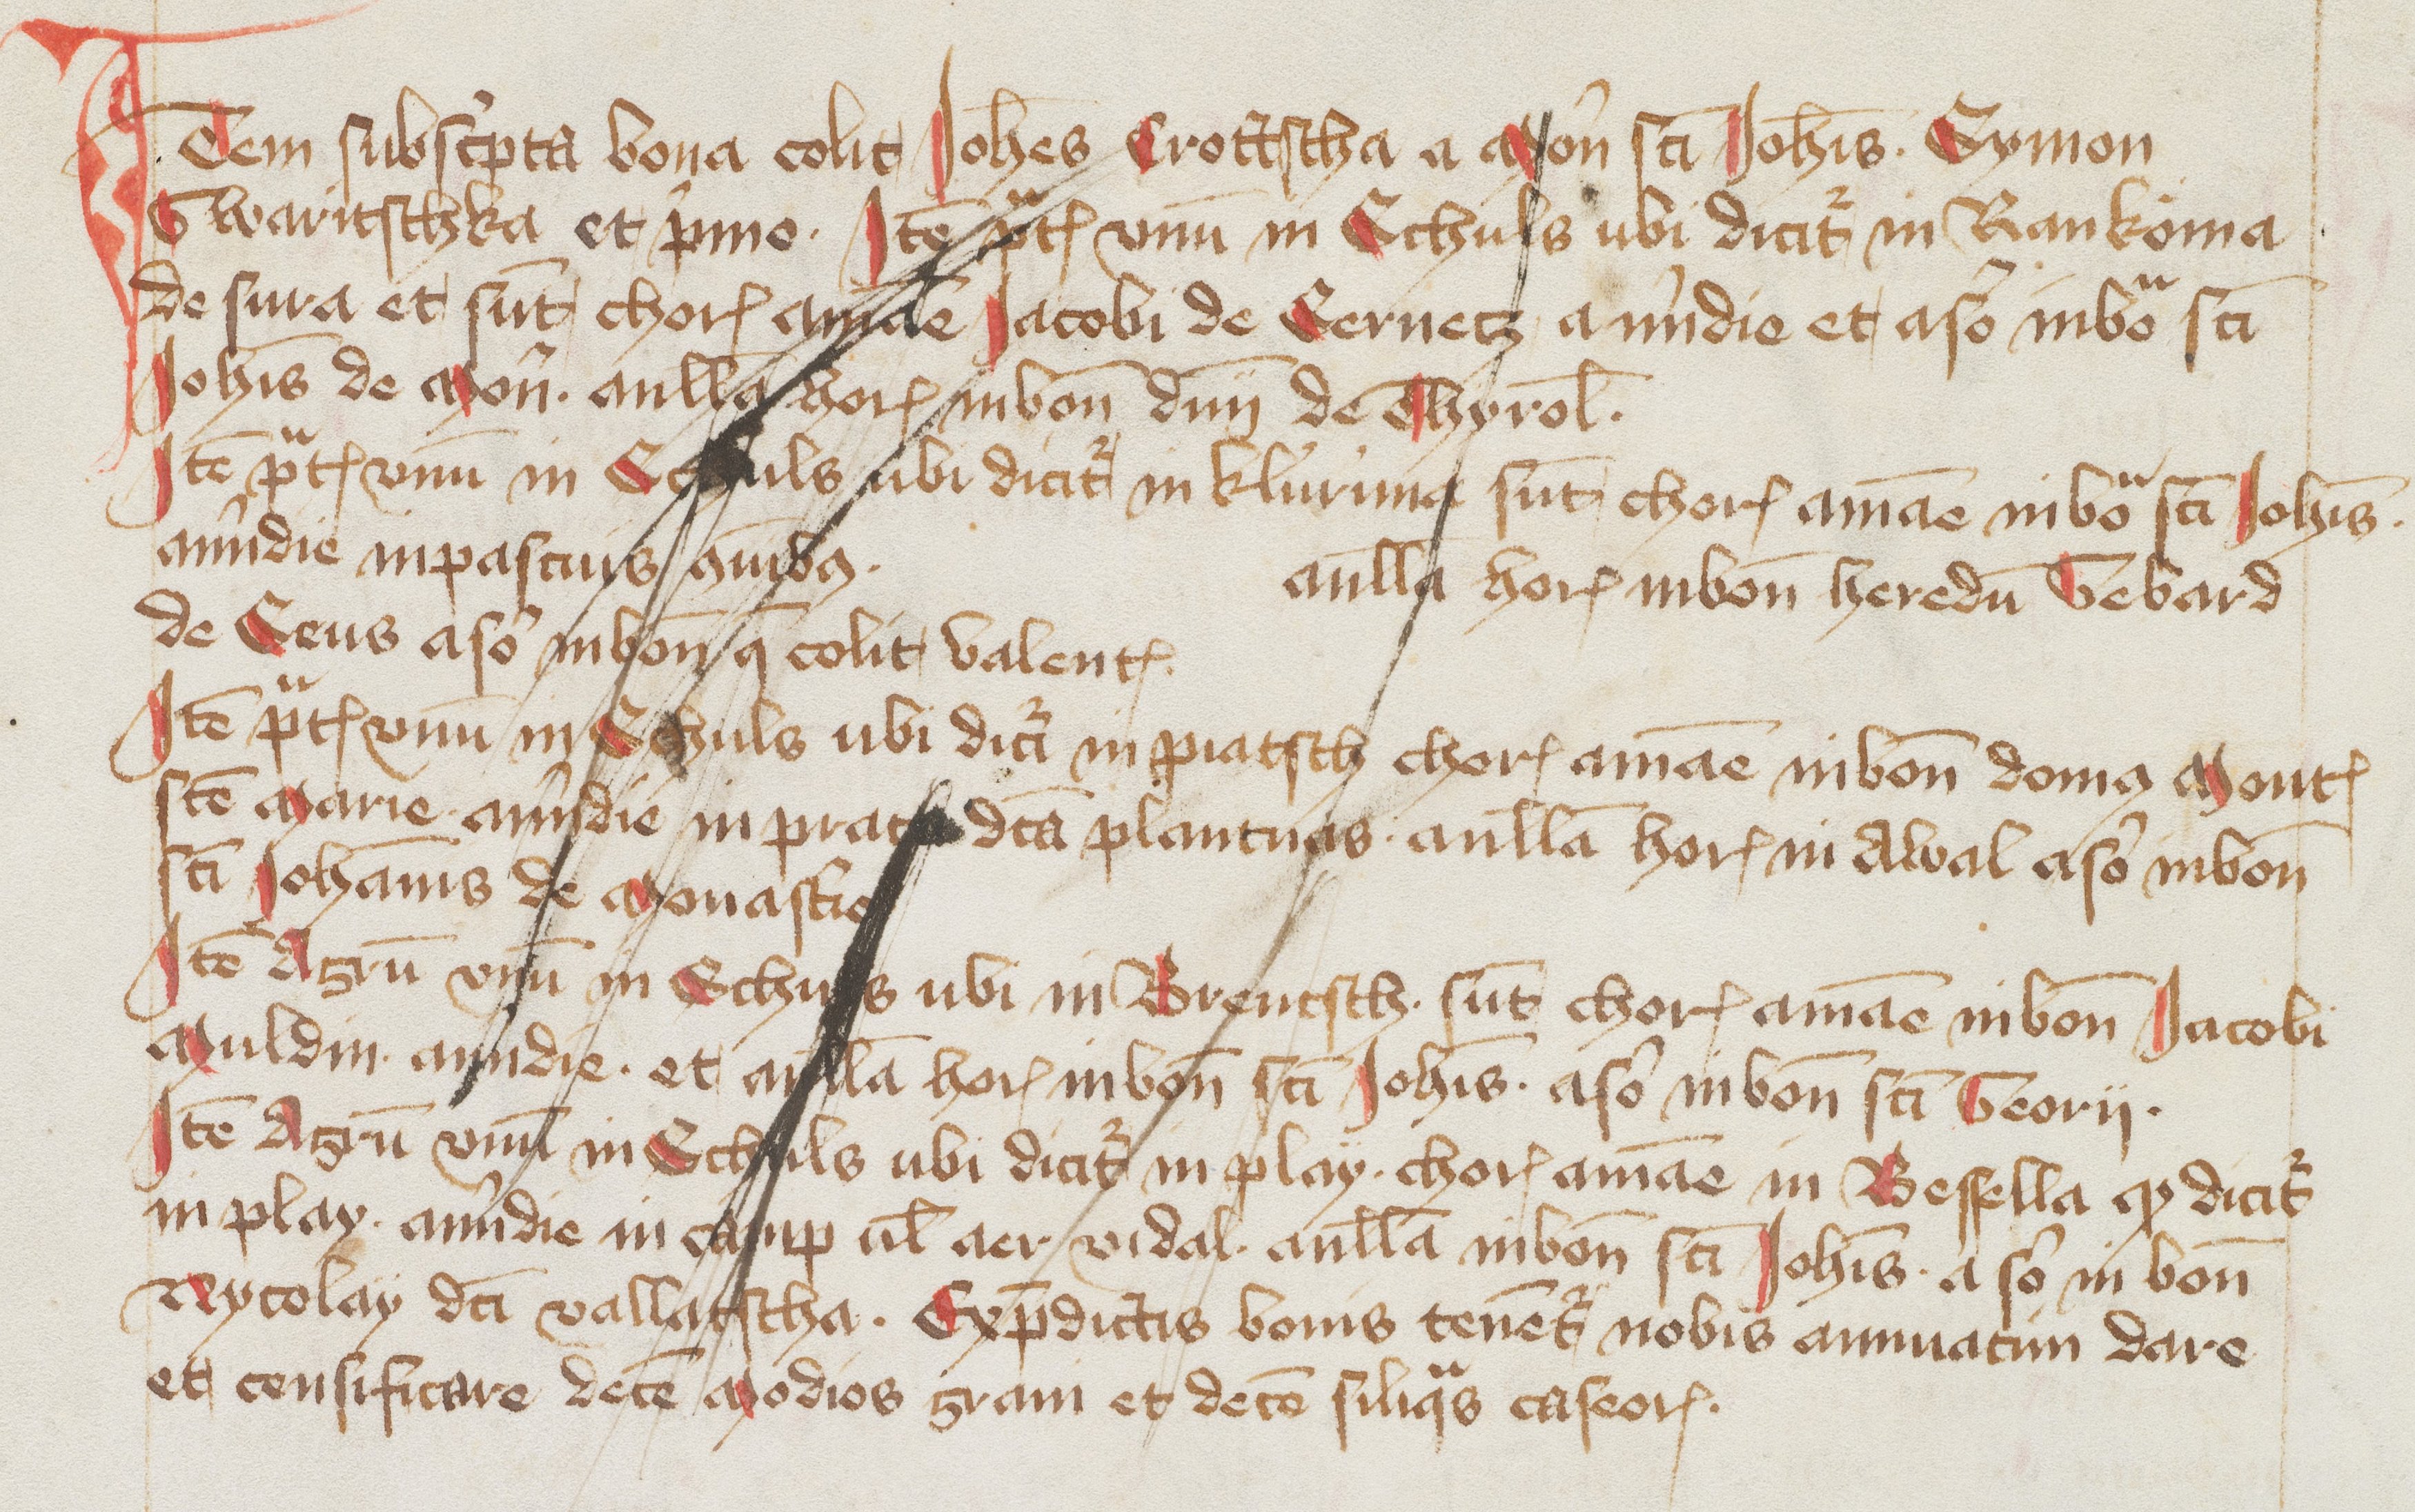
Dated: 1418–1418